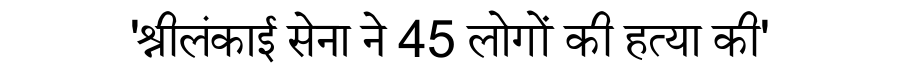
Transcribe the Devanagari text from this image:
'श्रीलंकाई सेना ने 45 लोगों की हत्या की'